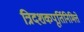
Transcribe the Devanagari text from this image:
त्रिदशकपूर्तिनिमित्ते